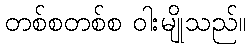
တစ်စတစ်စ ဝါးမျိုသည်။